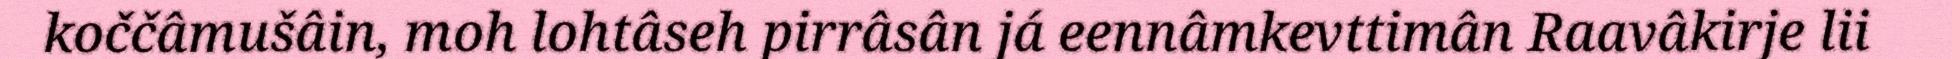
koččâmušâin, moh lohtâseh pirrâsân já eennâmkevttimân Raavâkirje lii